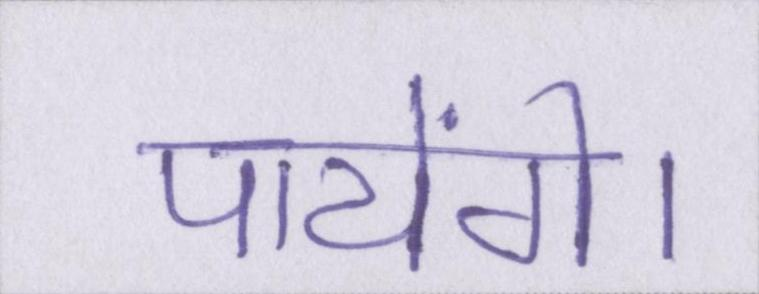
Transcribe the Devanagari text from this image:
पायेंगे।